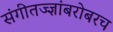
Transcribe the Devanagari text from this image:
संगीतज्ज्ञांबरोबरच